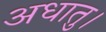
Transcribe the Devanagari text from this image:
अधातु।